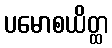
ပမောစယိတ္ထ